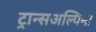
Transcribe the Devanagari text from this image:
ट्रान्सअल्पिना